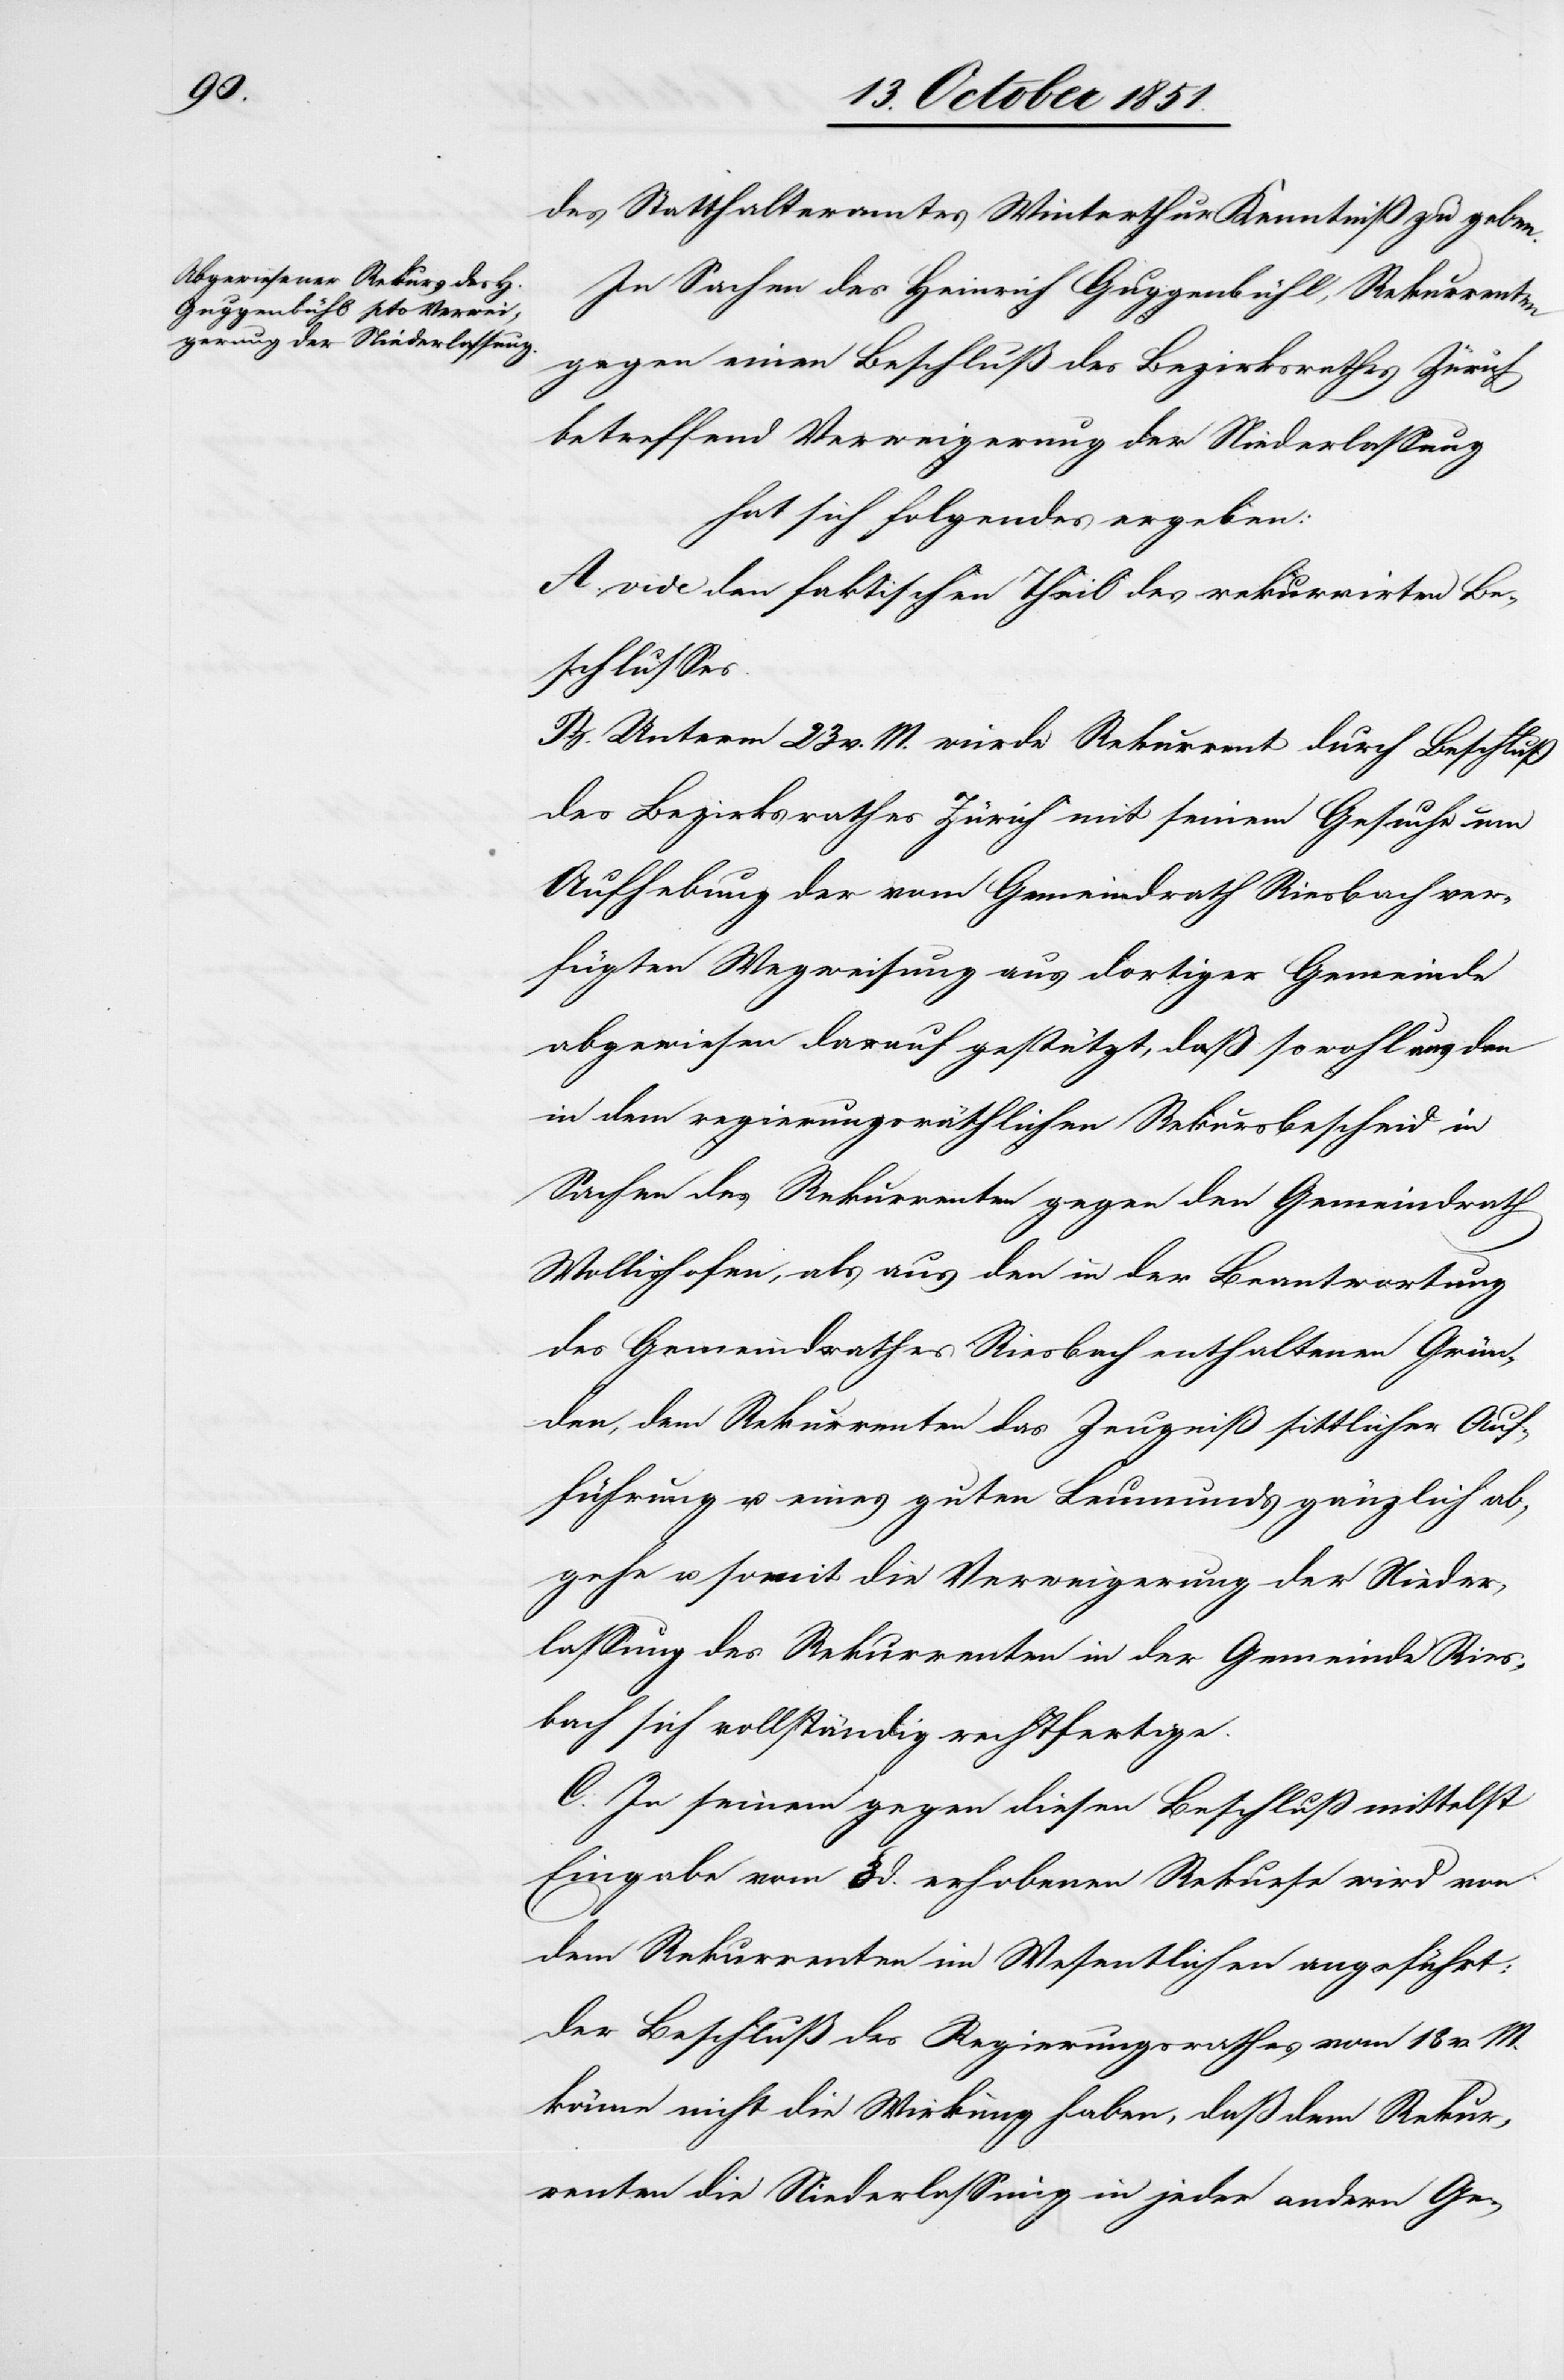
des Statthalteramtes Winterthur Kenntniß zu geben.
In Sachen des Heinrich Guggenbühl, Rekurrenten
gegen einen Beschluß des Bezirksrathes Zürich
betreffend Verweigerung der Niederlassung
hat sich folgendes ergeben:
A. vide den faktischen Theil des rekurrirten Be¬
schlusses.
B. Unterm 23 v. M. wurde Rekurrent durch Beschluß
des Bezirksrathes Zürich mit seinem Gesuche um
Aufhebung der vom Gemeindrath Riesbach ver¬
fügten Wegweisung aus dortiger Gemeinde
abgewiesen darauf gestützt, daß sowohl aus den
in dem regierungsräthlichen Rekursbescheid in
Sachen des Rekurrenten gegen den Gemeindrath
Wollishofen, als aus den in der Beantwortung
des Gemeindrathes Riesbach enthaltenen Grün¬
den, dem Rekurrenten das Zeugniß sittlicher Auf¬
führung u. eines guten Leumunds gänzlich ab¬
gehe u. somit die Verweigerung der Nieder¬
lassung des Rekurrenten in der Gemeinde Ries¬
bach sich vollständig rechtfertige.
C. In seinem gegen diesen Beschluß mittelst
Eingabe vom 8 d. erhobenen Rekurse wird von
dem Rekurrenten im Wesentlichen angeführt:
Der Beschluß des Regierungsrathes vom 18 v. M.
könne nicht die Wirkung haben, daß dem Rekur¬
renten die Niederlassung in jeder andern Ge-